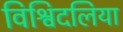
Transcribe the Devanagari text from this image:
विश्विदलिया